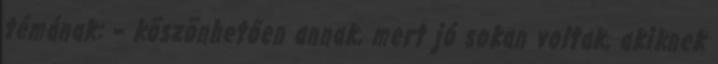
témának: – köszönhetően annak, mert jó sokan voltak, akiknek